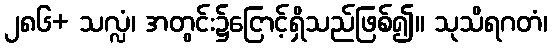
၂၈၆+ သလ္လံ၊ အတွင်း၌ငြောင့်ရှိသည်ဖြစ်၍။ သုသိရဂတံ၊